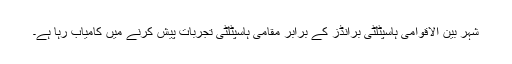
شہر بین الاقوامی ہاسپٹلٹی برانڈز کے برابر مقامی ہاسپٹلٹی تجربات پیش کرنے میں کامیاب رہا ہے۔